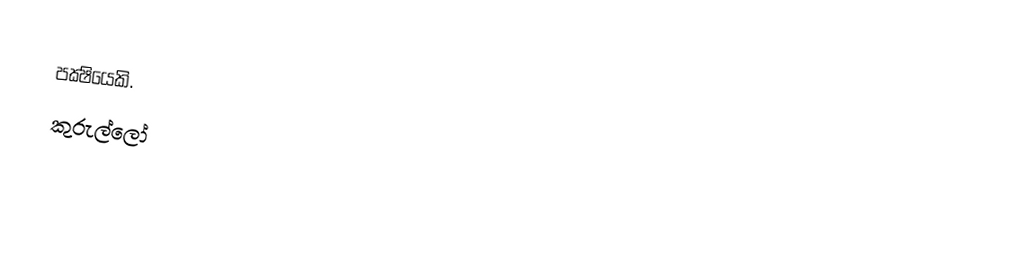
පක්‍ෂියෙකි.
කුරුල්ලෝ